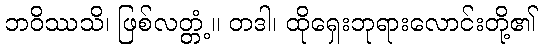
ဘဝိဿသိ၊ ဖြစ်လတ္တံ့။ တဒါ၊ ထိုရှေးဘုရားလောင်းတို့၏